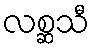
လစ္ဆသီ